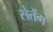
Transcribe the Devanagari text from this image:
सेतेंग